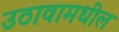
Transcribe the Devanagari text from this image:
उठावामधील